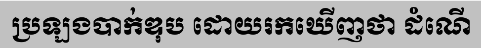
ប្រឡងបាក់ឌុប ដោយរកឃើញថា ដំណើ